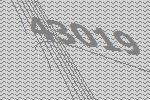
43019